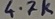
Text: 4.7K